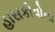
હાસકોવોના